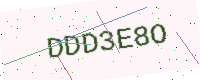
Text: DDD3E8O